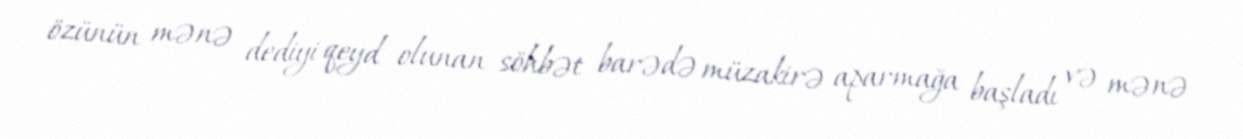
özünün mənə dediyi qeyd olunan söhbət barədə müzakirə aparmağa başladı və mənə